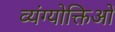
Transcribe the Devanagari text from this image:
व्यंग्योक्तिओं